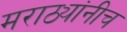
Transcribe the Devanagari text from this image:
मराठ्यांनीच